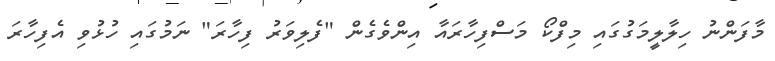
މާފަންނު ހިލާލީމަގުގައި މިފްކޯ މަސްފިހާރައާ އިންވެގެން "ފެލިވަރު ފިހާރަ" ނަމުގައި ހުޅުވި އެފިހާރަ